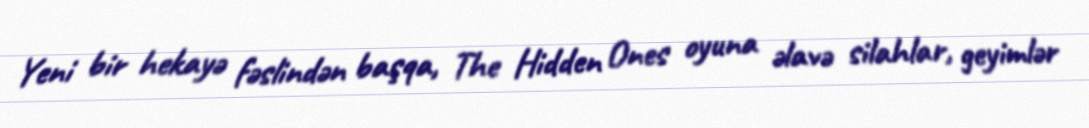
Yeni bir hekayə fəslindən başqa, The Hidden Ones oyuna əlavə silahlar, geyimlər